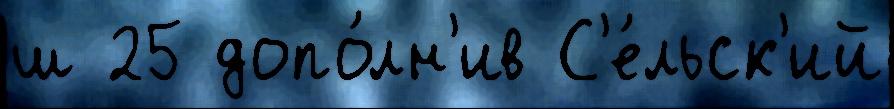
ш 25 допо́лн'ив С'е́льск'ий